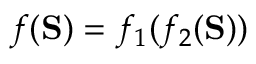
f ( \mathbf { S } ) = f _ { 1 } ( f _ { 2 } ( \mathbf { S } ) )